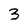
Character: 3